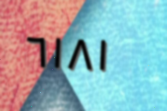
٦١٨١